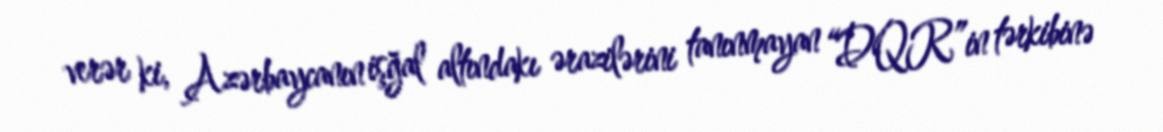
verər ki, Azərbaycanın işğal altındakı ərazilərini tanınmayan “DQR”in tərkibinə